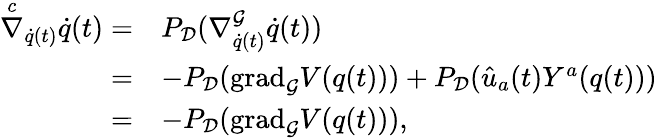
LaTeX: \begin{array}{rl}{\overset{c}{\nabla}_{\dot{q}(t)}\dot{q}(t)=}&{P_{\mathcal{D}}(\nabla_{\dot{q}(t)}^{\mathcal{G}}\dot{q}(t))}\\ {=}&{-P_{\mathcal{D}}(\mathrm{grad}_{\mathcal{G}}V(q(t)))+P_{\mathcal{D}}(\hat{u}_{a}(t)Y^{a}(q(t)))}\\ {=}&{-P_{\mathcal{D}}(\mathrm{grad}_{\mathcal{G}}V(q(t))),}\end{array}